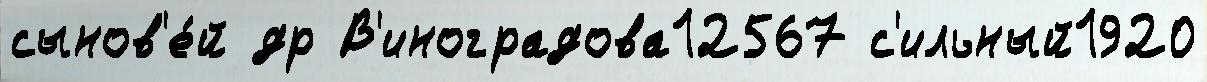
сынов'е́й др В'иноградова12567 с'ильный1920